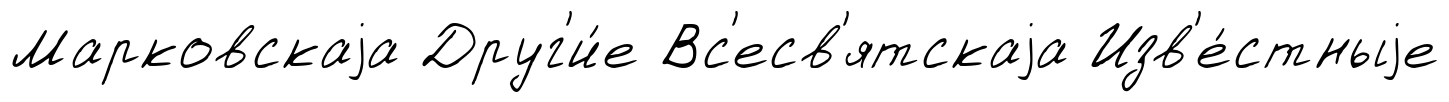
Марковскаjа Друг'и́е Вс'есв'ятскаjа Изв'е́стныjе